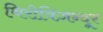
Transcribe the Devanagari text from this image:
थिरीविज़न्दूर